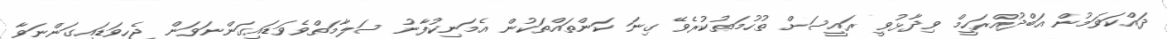
ދައްކަވަމުން އަބްދުއްރަހީމް ވިދާޅުވީ ރައީސަށް ތުހުމަތުކުރެވޭ ގިނަ ކަންތައްތަކުން އެމަނިކުފާނު ސަލާމަތްވެވަޑައިގަންނަވަން ޖެހިވަޑައިގަންނަވާ